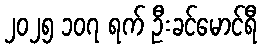
၂၀၂၅ ၁၀၇ ရက် ဦးခင်မောင်ရီ